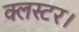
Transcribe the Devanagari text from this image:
क्लस्टर।